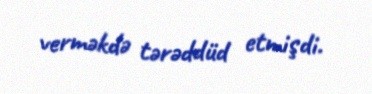
verməkdə tərəddüd etmişdi.